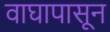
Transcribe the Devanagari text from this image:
वाघापासून